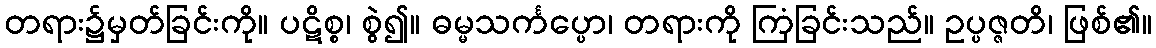
တရား၌မှတ်ခြင်းကို။ ပဋိစ္စ၊ စွဲ၍။ ဓမ္မသင်္ကပ္ပော၊ တရားကို ကြံခြင်းသည်။ ဥပ္ပဇ္ဇတိ၊ ဖြစ်၏။